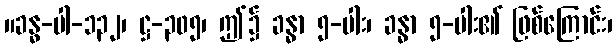
။ခန္ဓ-ပါ-၁၃၂၊ ဋ္ဌ-၃၀၅၊ ဤ၌ ခန္ဓာ ၅-ပါး၊ ခန္ဓာ ၅-ပါး၏ ဖြစ်ကြောင်း၊